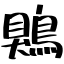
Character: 鶪